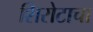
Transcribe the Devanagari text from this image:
शिरोटाचा